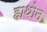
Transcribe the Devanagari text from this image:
हाथोन